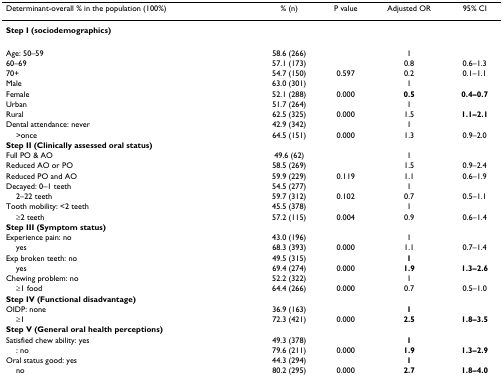
<table><thead><tr><td><b>Determinant-overall % in the population (100%)</b></td><td><b>% (n)</b></td><td><b>P value</b></td><td><b>Adjusted OR</b></td><td><b>95% CI</b></td></tr></thead><tbody><tr><td><b>Step I (sociodemographics)</b></td><td></td><td></td><td></td><td></td></tr><tr><td>Age: 50–59</td><td>58.6 (266)</td><td></td><td>1</td><td></td></tr><tr><td>60–69</td><td>57.1 (173)</td><td></td><td>0.8</td><td>0.6–1.3</td></tr><tr><td>70+</td><td>54.7 (150)</td><td>0.597</td><td>0.2</td><td>0.1–1.1</td></tr><tr><td>Male</td><td>63.0 (301)</td><td></td><td>1</td><td></td></tr><tr><td>Female</td><td>52.1 (288)</td><td>0.000</td><td><b>0.5</b></td><td><b>0.4–0.7</b></td></tr><tr><td>Urban</td><td>51.7 (264)</td><td></td><td>1</td><td></td></tr><tr><td>Rural</td><td>62.5 (325)</td><td>0.000</td><td>1.5</td><td><b>1.1–2.1</b></td></tr><tr><td>Dental attendance: never</td><td>42.9 (342)</td><td></td><td>1</td><td></td></tr><tr><td> &gt;once</td><td>64.5 (151)</td><td>0.000</td><td>1.3</td><td>0.9–2.0</td></tr><tr><td><b>Step II (Clinically assessed oral status)</b></td><td></td><td></td><td></td><td></td></tr><tr><td>Full PO &amp; AO</td><td>49.6 (62)</td><td></td><td>1</td><td></td></tr><tr><td>Reduced AO or PO</td><td>58.5 (269)</td><td></td><td>1.5</td><td>0.9–2.4</td></tr><tr><td>Reduced PO and AO</td><td>59.9 (229)</td><td>0.119</td><td>1.1</td><td>0.6–1.9</td></tr><tr><td>Decayed: 0–1 teeth</td><td>54.5 (277)</td><td></td><td>1</td><td></td></tr><tr><td> 2–22 teeth</td><td>59.7 (312)</td><td>0.102</td><td>0.7</td><td>0.5–1.1</td></tr><tr><td>Tooth mobility: &lt;2 teeth</td><td>45.5 (378)</td><td></td><td>1</td><td></td></tr><tr><td> ≥2 teeth</td><td>57.2 (115)</td><td>0.004</td><td>0.9</td><td>0.6–1.4</td></tr><tr><td><b>Step III (Symptom status)</b></td><td></td><td></td><td></td><td></td></tr><tr><td>Experience pain: no</td><td>43.0 (196)</td><td></td><td>1</td><td></td></tr><tr><td> yes</td><td>68.3 (393)</td><td>0.000</td><td>1.1</td><td>0.7–1.4</td></tr><tr><td>Exp broken teeth: no</td><td>49.5 (315)</td><td></td><td><b>1</b></td><td></td></tr><tr><td> yes</td><td>69.4 (274)</td><td>0.000</td><td><b>1.9</b></td><td><b>1.3–2.6</b></td></tr><tr><td>Chewing problem: no</td><td>52.2 (322)</td><td></td><td>1</td><td></td></tr><tr><td> ≥1 food</td><td>64.4 (266)</td><td>0.000</td><td>0.7</td><td>0.5–1.0</td></tr><tr><td><b>Step IV (Functional disadvantage)</b></td><td></td><td></td><td></td><td></td></tr><tr><td>OIDP: none</td><td>36.9 (163)</td><td></td><td><b>1</b></td><td></td></tr><tr><td> ≥1</td><td>72.3 (421)</td><td>0.000</td><td><b>2.5</b></td><td><b>1.8–3.5</b></td></tr><tr><td><b>Step V (General oral health perceptions)</b></td><td></td><td></td><td></td><td></td></tr><tr><td>Satisfied chew ability: yes</td><td>49.3 (378)</td><td></td><td><b>1</b></td><td></td></tr><tr><td> : no</td><td>79.6 (211)</td><td>0.000</td><td><b>1.9</b></td><td><b>1.3–2.9</b></td></tr><tr><td>Oral status good: yes</td><td>44.3 (294)</td><td></td><td><b>1</b></td><td></td></tr><tr><td> no</td><td>80.2 (295)</td><td>0.000</td><td><b>2.7</b></td><td><b>1.8–4.0</b></td></tr></tbody></table>